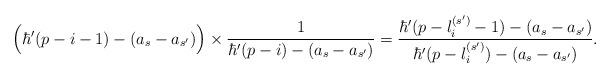
LaTeX: \begin{align*}& \Big( \hbar'(p - i - 1) - (a_s - a_{s'}) \Big) \times \dfrac{1}{\hbar'(p - i) - (a_s - a_{s'})} = \dfrac{\hbar'(p - l_{i}^{(s')} - 1) - (a_s - a_{s'})}{\hbar'(p - l_{i}^{(s')}) - (a_s - a_{s'})}.\end{align*}